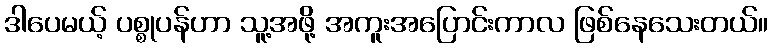
ဒါပေမယ့် ပစ္စုပန်ဟာ သူ့အဖို့ အကူးအပြောင်းကာလ ဖြစ်နေသေးတယ်။